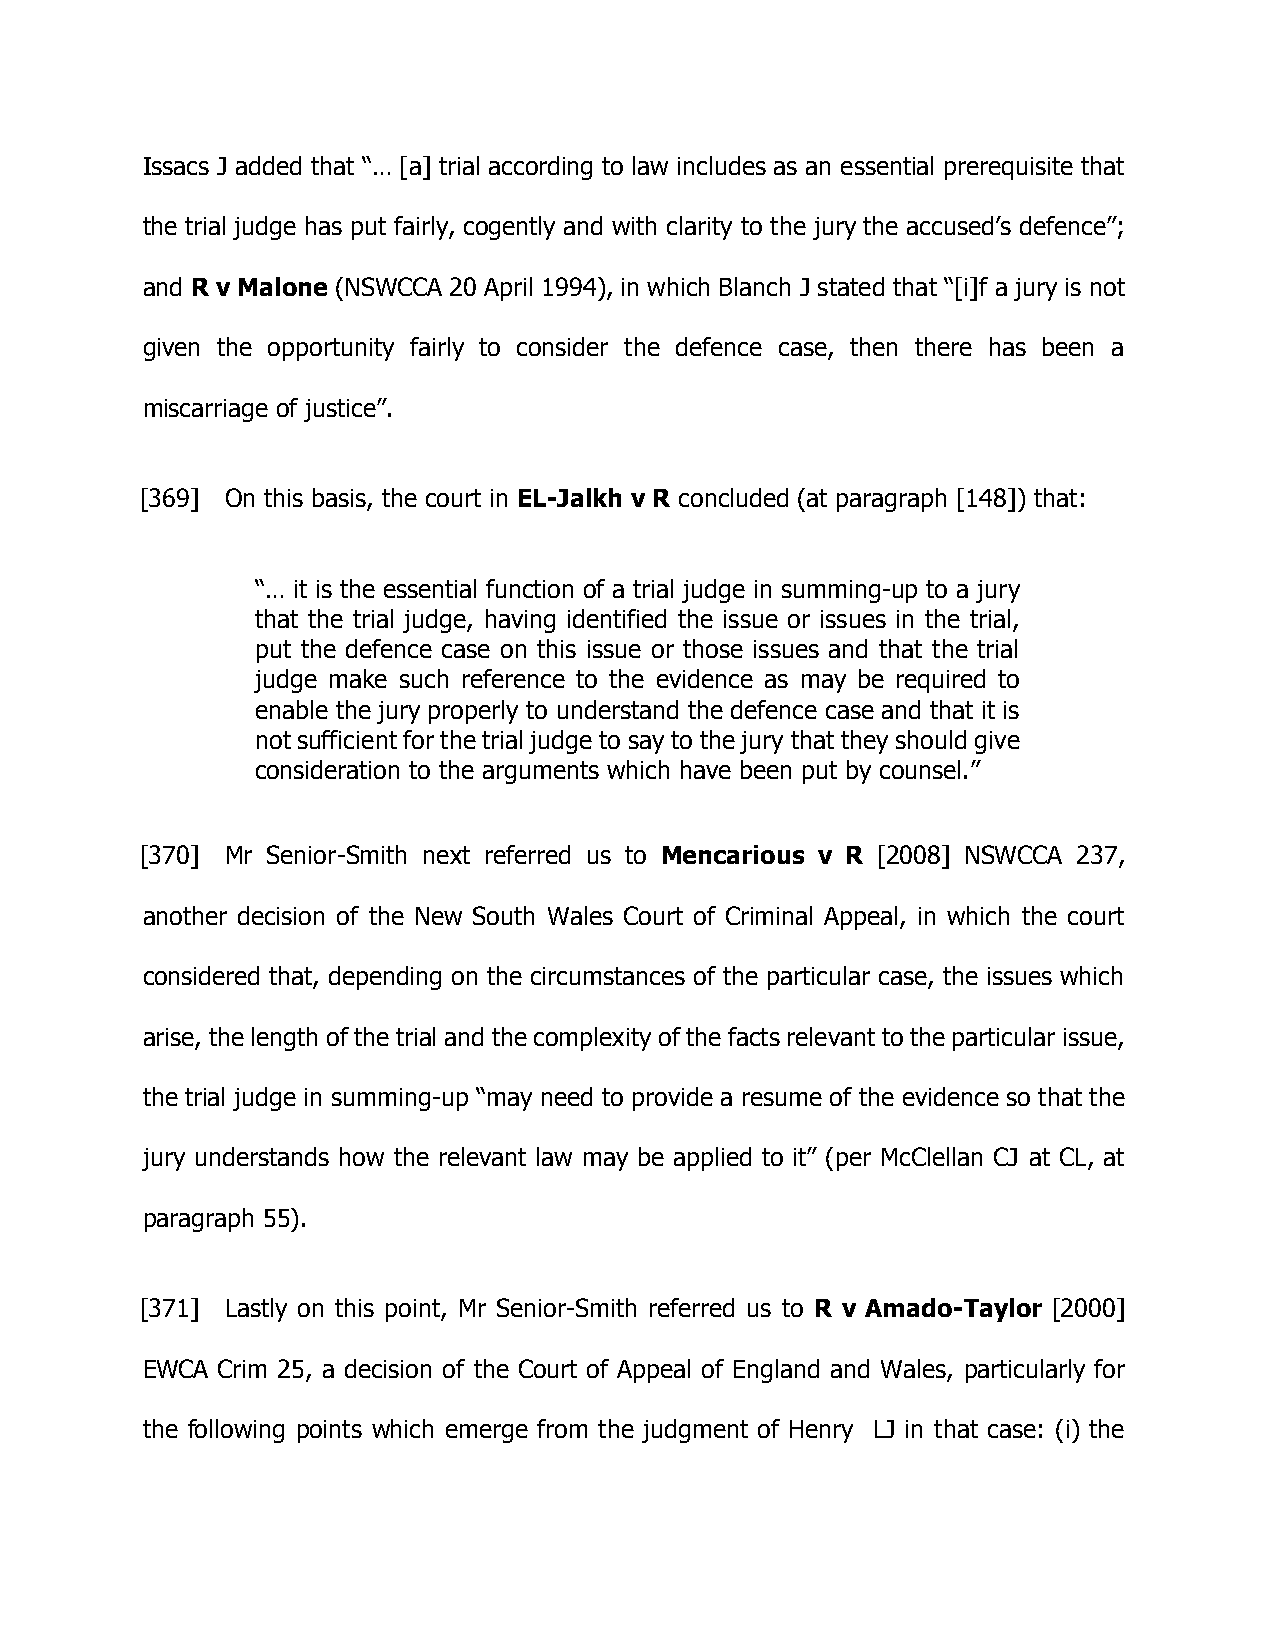
Issacs J added that “… [a] trial according to law includes as an essential prerequisite that
 the trial judge has put fairly, cogently and with clarity to the jury the accused’s defence”;
 and R v Malone (NSWCCA 20 April 1994), in which Blanch J stated that “[i]f a jury is not
 given the opportunity fairly to consider the defence case, then there has been a
 miscarriage of justice”.
 [369] On this basis, the court in EL-Jalkh v R concluded (at paragraph [148]) that:
 “… it is the essential function of a trial judge in summing-up to a jury
 that the trial judge, having identified the issue or issues in the trial,
 put the defence case on this issue or those issues and that the trial
 judge make such reference to the evidence as may be required to
 enable the jury properly to understand the defence case and that it is
 not sufficient for the trial judge to say to the jury that they should give
 consideration to the arguments which have been put by counsel.”
 [370] Mr Senior-Smith next referred us to Mencarious v R [2008] NSWCCA 237,
 another decision of the New South Wales Court of Criminal Appeal, in which the court
 considered that, depending on the circumstances of the particular case, the issues which
 arise, the length of the trial and the complexity of the facts relevant to the particular issue,
 the trial judge in summing-up “may need to provide a resume of the evidence so that the
 jury understands how the relevant law may be applied to it” (per McClellan CJ at CL, at
 paragraph 55).
 [371] Lastly on this point, Mr Senior-Smith referred us to R v Amado-Taylor [2000]
 EWCA Crim 25, a decision of the Court of Appeal of England and Wales, particularly for
 the following points which emerge from the judgment of Henry LJ in that case: (i) the